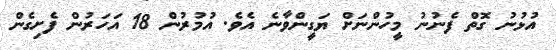
އުޅުނު ގޮތް ފެނުނު މީހުންނަށް ޔަގީންވާނެ އެވެ. އުމުރުން 18 އަހަރުން ފެށިގެން